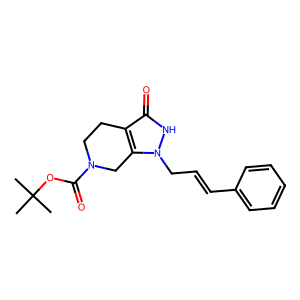
SMILES: CC(C)(C)OC(=O)N1CCc2c(n(CC=Cc3ccccc3)[nH]c2=O)C1
Inhibits HIV replication: No